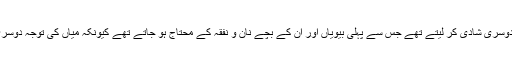
اس سے پہلے شوہر خفیہ طور پر دوسری شادی کر لیتے تھے جس سے پہلی بیویاں اور ان کے بچے نان و نفقہ کے محتاج ہو جاتے تھے کیونکہ میاں کی توجہ دوسری بیوی کی جانب زیادہ ہوتی تھی ۔